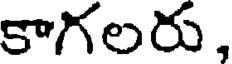
కాగలరు,